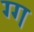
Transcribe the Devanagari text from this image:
ग्ग